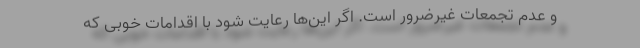
و عدم تجمعات غیرضرور است. اگر این‌ها رعایت شود با اقدامات خوبی که